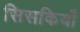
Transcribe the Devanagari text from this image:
सिसकियाँ